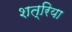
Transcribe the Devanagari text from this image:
शत्रिया